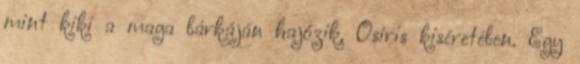
mint kiki a maga bárkáján hajózik, Osiris kiséretében. Egy